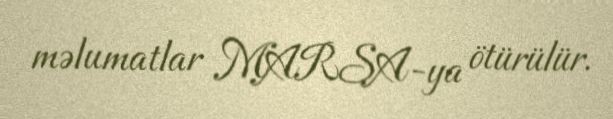
məlumatlar MARSA-ya ötürülür.